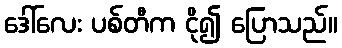
ဒေါ်လေး ပစ်တီက ငို၍ ပြောသည်။